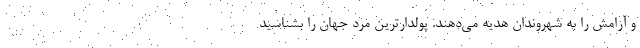
و آرامش را به شهروندان هدیه می‌دهند. پولدارترین مرد جهان را بشناسید